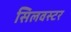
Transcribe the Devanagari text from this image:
सिलवस्टर